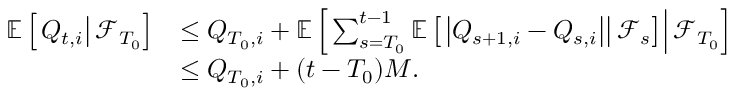
\begin{array} { r l } { \mathbb E \left[ \left. Q _ { t , i } \right\rvert \mathcal F _ { T _ { 0 } } \right] } & { \le Q _ { T _ { 0 } , i } + \mathbb E \left[ \left. \sum _ { s = T _ { 0 } } ^ { t - 1 } \mathbb E \left[ \left. \left\lvert Q _ { s + 1 , i } - Q _ { s , i } \right\rvert \right\rvert \mathcal F _ { s } \right] \right\rvert \mathcal F _ { T _ { 0 } } \right] } \\ & { \le Q _ { T _ { 0 } , i } + ( t - T _ { 0 } ) M . } \end{array}